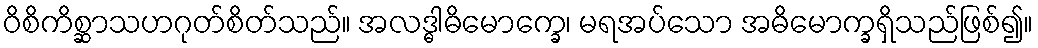
ဝိစိကိစ္ဆာသဟဂုတ်စိတ်သည်။ အလဒ္ဓါဓိမောက္ခေ၊ မရအပ်သော အဓိမောက္ခရှိသည်ဖြစ်၍။